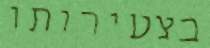
בצעירותו